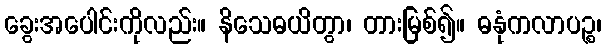
ခွေးအပေါင်းကိုလည်း။ နိသေဓယိတွာ၊ တားမြစ်၍။ ဓနုံကလာပဉ္စ၊